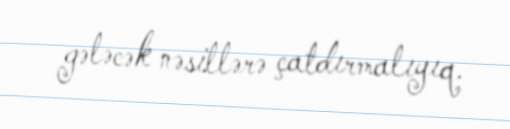
gələcək nəsillərə çatdırmalıyıq.